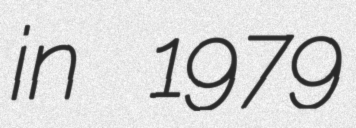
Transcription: in 1979